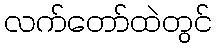
လက်တော်ထဲတွင်